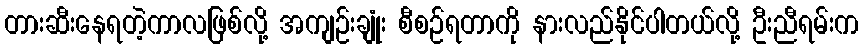
တားဆီးနေရတဲ့ကာလဖြစ်လို့ အကျဉ်းချုံး စီစဉ်ရတာကို နားလည်နိုင်ပါတယ်လို့ ဦးညီရမ်းက